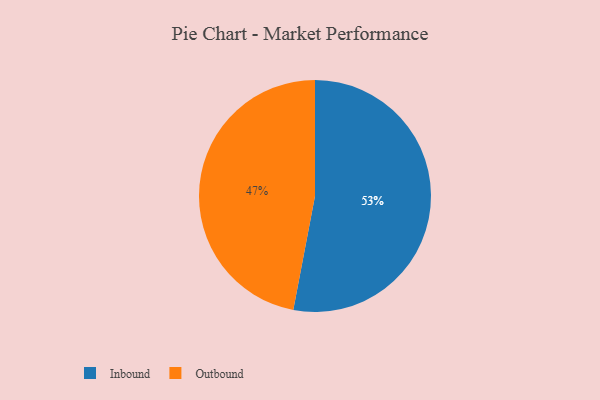
{"axis": {"x": "Category", "y": "Percentage"}, "legend": ["Inbound", "Outbound"], "data": [{"x": "Outbound", "y": 47, "type": "Outbound"}, {"x": "Inbound", "y": 53, "type": "Inbound"}]}